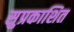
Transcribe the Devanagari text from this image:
सुप्रकाशित